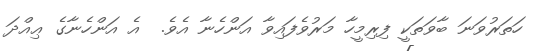
ހަތަރުވަނަ ބާވަތަކީ ފިރިމީހާ މަރުވެފައިވާ އަންހެނާ އެވެ.  އެ އަންހެނާގެ ޢިއްދަ